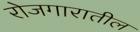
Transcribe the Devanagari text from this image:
रोजगारातील